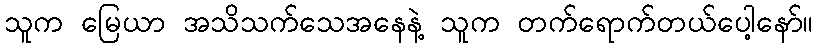
သူက မြေယာ အသိသက်သေအနေနဲ့ သူက တက်ရောက်တယ်ပေါ့နော်။